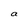
Character: a